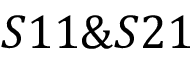
S 1 1 \& S 2 1